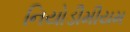
નિયોડીમીયમ